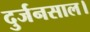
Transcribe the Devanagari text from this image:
दुर्जनसाल।